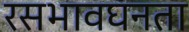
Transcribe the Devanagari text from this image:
रसभावघनता